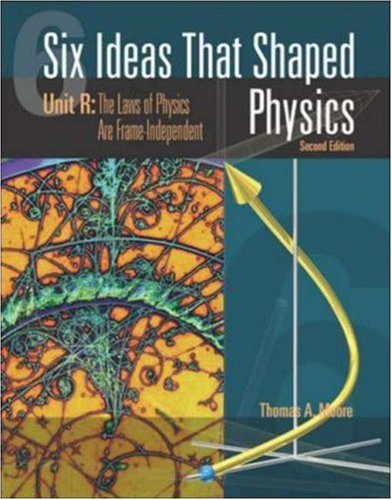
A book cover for Six Ideas That Shaped Physics: Unit R - Laws of Physics are Frame-Independent; Thomas Moore; Science & Math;